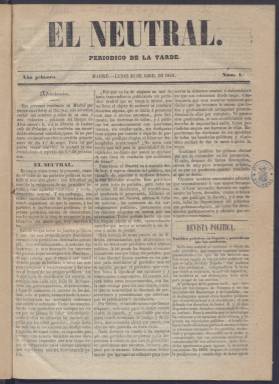
Título: El Neutral (Madrid)
Colección: Periódicos anteriores a 1850
Ámbito geográfico: Madrid
Lugar de publicación: Madrid
Fechas: 20/04/1846-13/06/1846